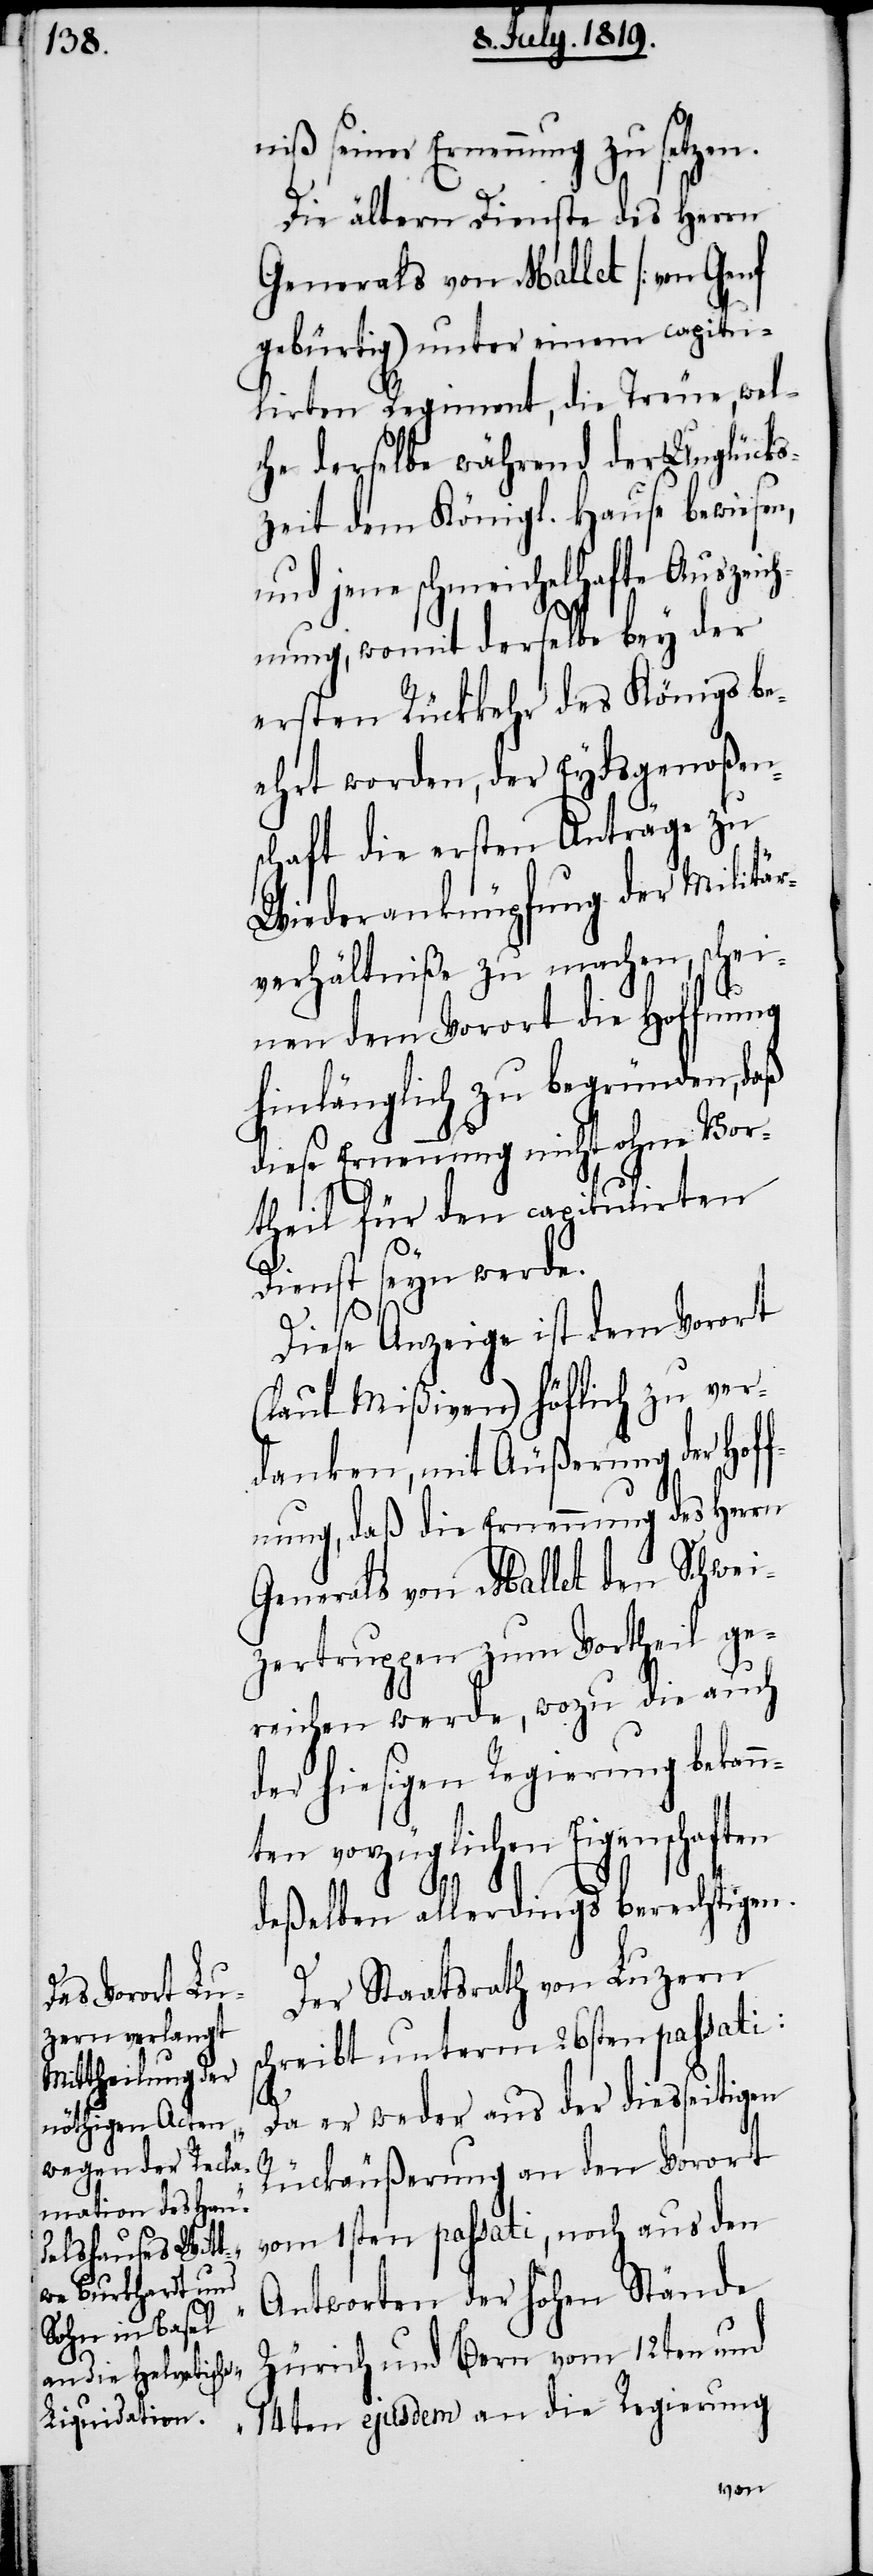
niß seiner Ernennung zu setzen.
Die ältern Dienste des Herrn
Generals von Mallet [von Genf
gebürtig] unter einem capitul¬
irten Regiment, die Treue, wel¬
che derselbe während der Unglücks¬
zeit dem Königl. Hause bewiesen,
und jene schmeichelhafte Auszeich¬
nung, womit derselbe bey der
ersten Rückkehr des Königs be¬
ehrt worden, der Eydsgenoßen¬
schaft die ersten Anträge zu
Wiederanknüpfung der Militär¬
verhältniße zu machen, schei¬
nen dem Vorort die Hoffnung
hinlänglich zu begründen, daß
diese Ernennung nicht ohne Vor¬
theil für den capitulirten
Dienst seyn werde.
Diese Anzeige ist dem Vorort
(laut Mißiven) höflich zu ver¬
danken, mit Äußerung der Hof¬
fnung, daß die Ernennung des Herrn
Generals von Mallet den Schwei¬
zertruppen zum Vortheil ge¬
reichen werde, wozu die auch
der hiesigen Regierung bekann¬
ten vorzüglichen Eigenschaften
deßelben allerdings berechtigen.
Der Staatsrath von Luzern
chreibt unterm 26sten passati:
s¬
„Da er weder aus der diesseitigen
Rückäußerung an den Vorort
vom 1sten passati, noch aus den
Antworten der hohen Stände
Zürich und Bern vom 12ten und
14ten ejusdem an die Regierung